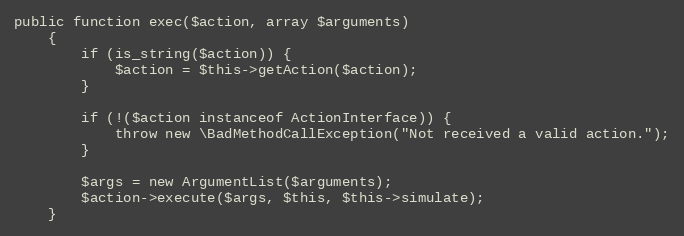
Language: PHP
public function exec($action, array $arguments)
    {
        if (is_string($action)) {
            $action = $this->getAction($action);
        }

        if (!($action instanceof ActionInterface)) {
            throw new \BadMethodCallException("Not received a valid action.");
        }

        $args = new ArgumentList($arguments);
        $action->execute($args, $this, $this->simulate);
    }